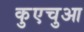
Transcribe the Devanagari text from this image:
कुएचुआ